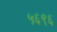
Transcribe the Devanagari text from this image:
५६९६